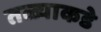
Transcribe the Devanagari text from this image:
तळ्याकडे